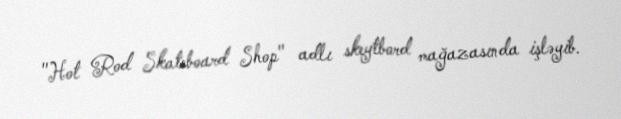
"Hot Rod Skateboard Shop" adlı skeytbord mağazasında işləyib.